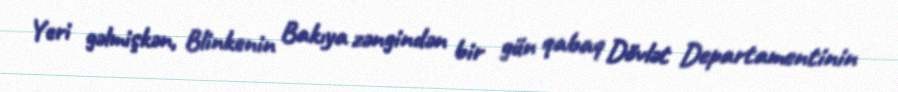
Yeri gəlmişkən, Blinkenin Bakıya zəngindən bir gün qabaq Dövlət Departamentinin